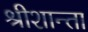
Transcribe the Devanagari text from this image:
श्रीशान्ता